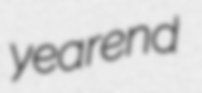
yearend